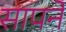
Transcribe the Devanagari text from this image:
सापने